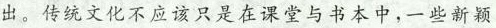
出。传统文化不应该只是在课堂与书本中，一些新颖